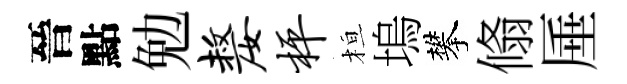
晉點勉嫠枰桓塢攀翛厜